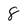
Character: 8